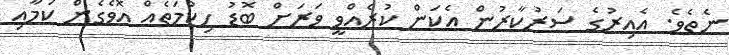
ނެތެވެ. އެއިރުގެ ސަރުކާރުން އެކަން ކުރެއްވީ ވަރަށް ބޮޑު ހިކުމަތެއް އޮވެގެން ކަމާއި